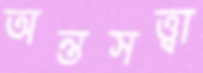
অন্তসত্ত্বা